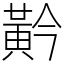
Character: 黅